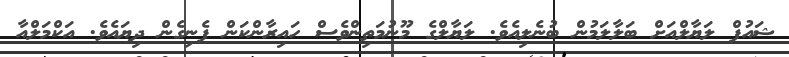
ޝައުފް ލަޔާލްއަށް ބަލާލަމުން ބުނެލިއެވެ. ލަޔާލްގެ މޫނުމަތިންވެސް ހައިރާންކަން ފެނިގެން ދިޔައެވެ. އަކްމަލްއާ